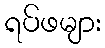
ရပ်ဖများ